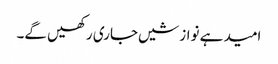
امید ہے نوازشیں جاری رکھیں گے۔